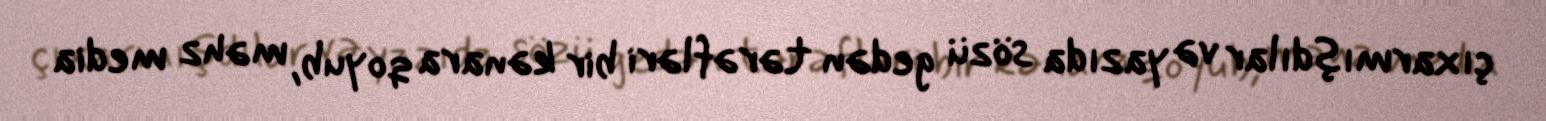
çıxarmışdılar və yazıda sözü gedən tərəfləri bir kənara qoyub, məhz media